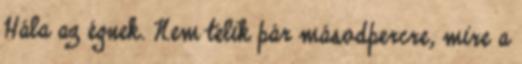
Hála az égnek. Nem telik pár másodpercre, mire a